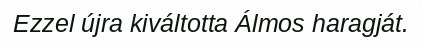
Ezzel újra kiváltotta Álmos haragját.